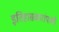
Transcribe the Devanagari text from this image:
इतिहासकारांपाशी